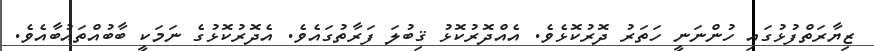
ޒިޔާރަތްފުޅުގައި ހުންނަނީ ހަތަރު ދޮރުކޮޅެވެ. އެއްދޮރުކޮޅު ޤިބުލަ ފަރާތުގައެވެ. އެދޮރުކޮޅުގެ ނަމަކީ ބާބުއްތައުބާއެވެ.